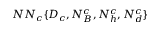
N N _ { c } \{ D _ { c } , N _ { B } ^ { c } , N _ { h } ^ { c } , N _ { d } ^ { c } \}